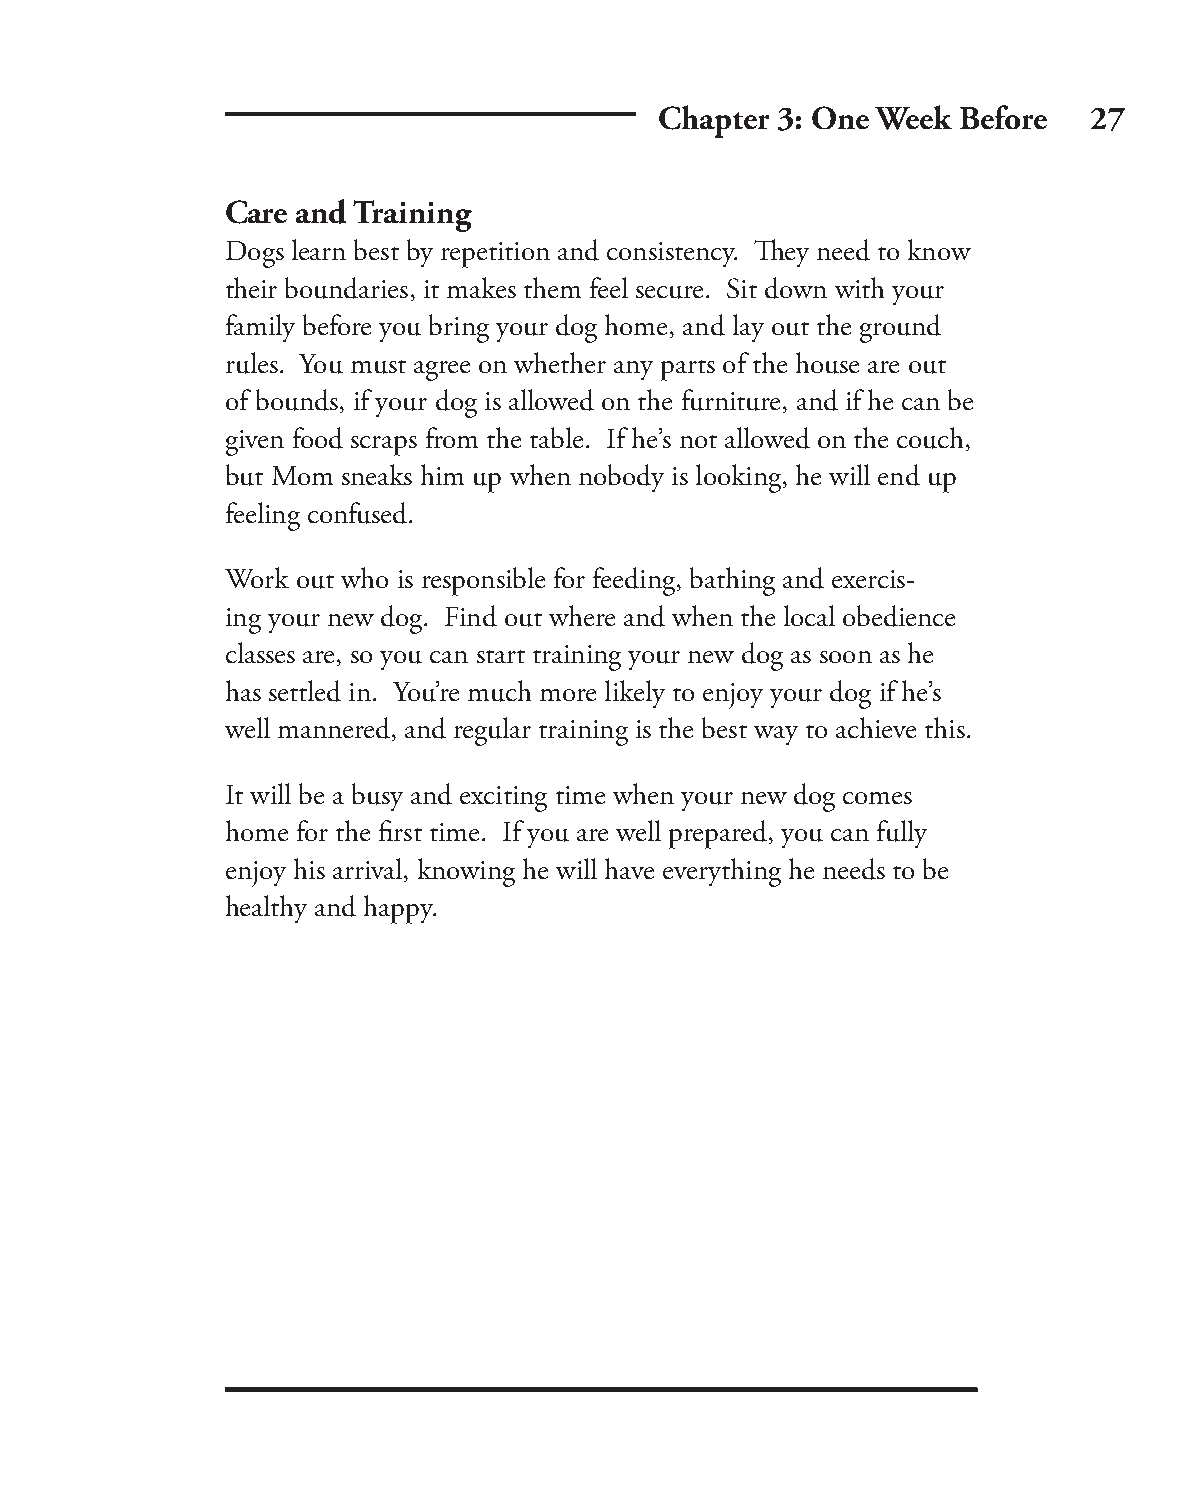
Chapter 3: One Week Before  27
 Care and Training
 Dogs learn best by repetition and consistency. Th ey need to know
 their boundaries, it makes them feel secure. Sit down with your
 family before you bring your dog home, and lay out the ground
 rules. You must agree on whether any parts of the house are out
 of bounds, if your dog is allowed on the furniture, and if he can be
 given food scraps from the table. If he’s not allowed on the couch,
 but Mom sneaks him up when nobody is looking, he will end up
 feeling confused.
 Work out who is responsible for feeding, bathing and exercis-
 ing your new dog. Find out where and when the local obedience
 classes are, so you can start training your new dog as soon as he
 has settled in. You’re much more likely to enjoy your dog if he’s
 well mannered, and regular training is the best way to achieve this.
 It will be a busy and exciting time when your new dog comes
 home for the fi rst time. If you are well prepared, you can fully
 enjoy his arrival, knowing he will have everything he needs to be
 healthy and happy.